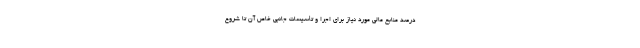
درصد منابع مالی مورد نیاز برای اجرا و تأسیسات جانبی خاص آن تا شروع